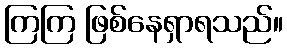
ကြကြ ဖြစ်နေရှာရသည်။